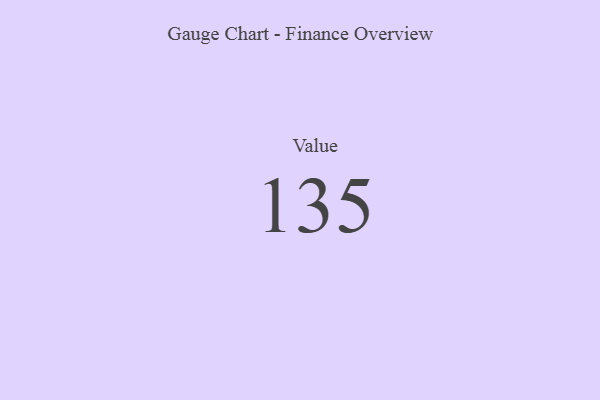
{"axis": {"x": "Metric", "y": "Value"}, "legend": [""], "data": [{"x": "Value", "y": 135, "type": ""}]}